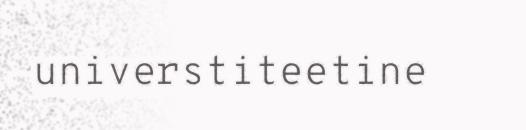
universtiteetine